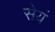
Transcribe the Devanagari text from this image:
सेयं